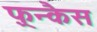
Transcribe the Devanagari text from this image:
फ़्रन्कैस